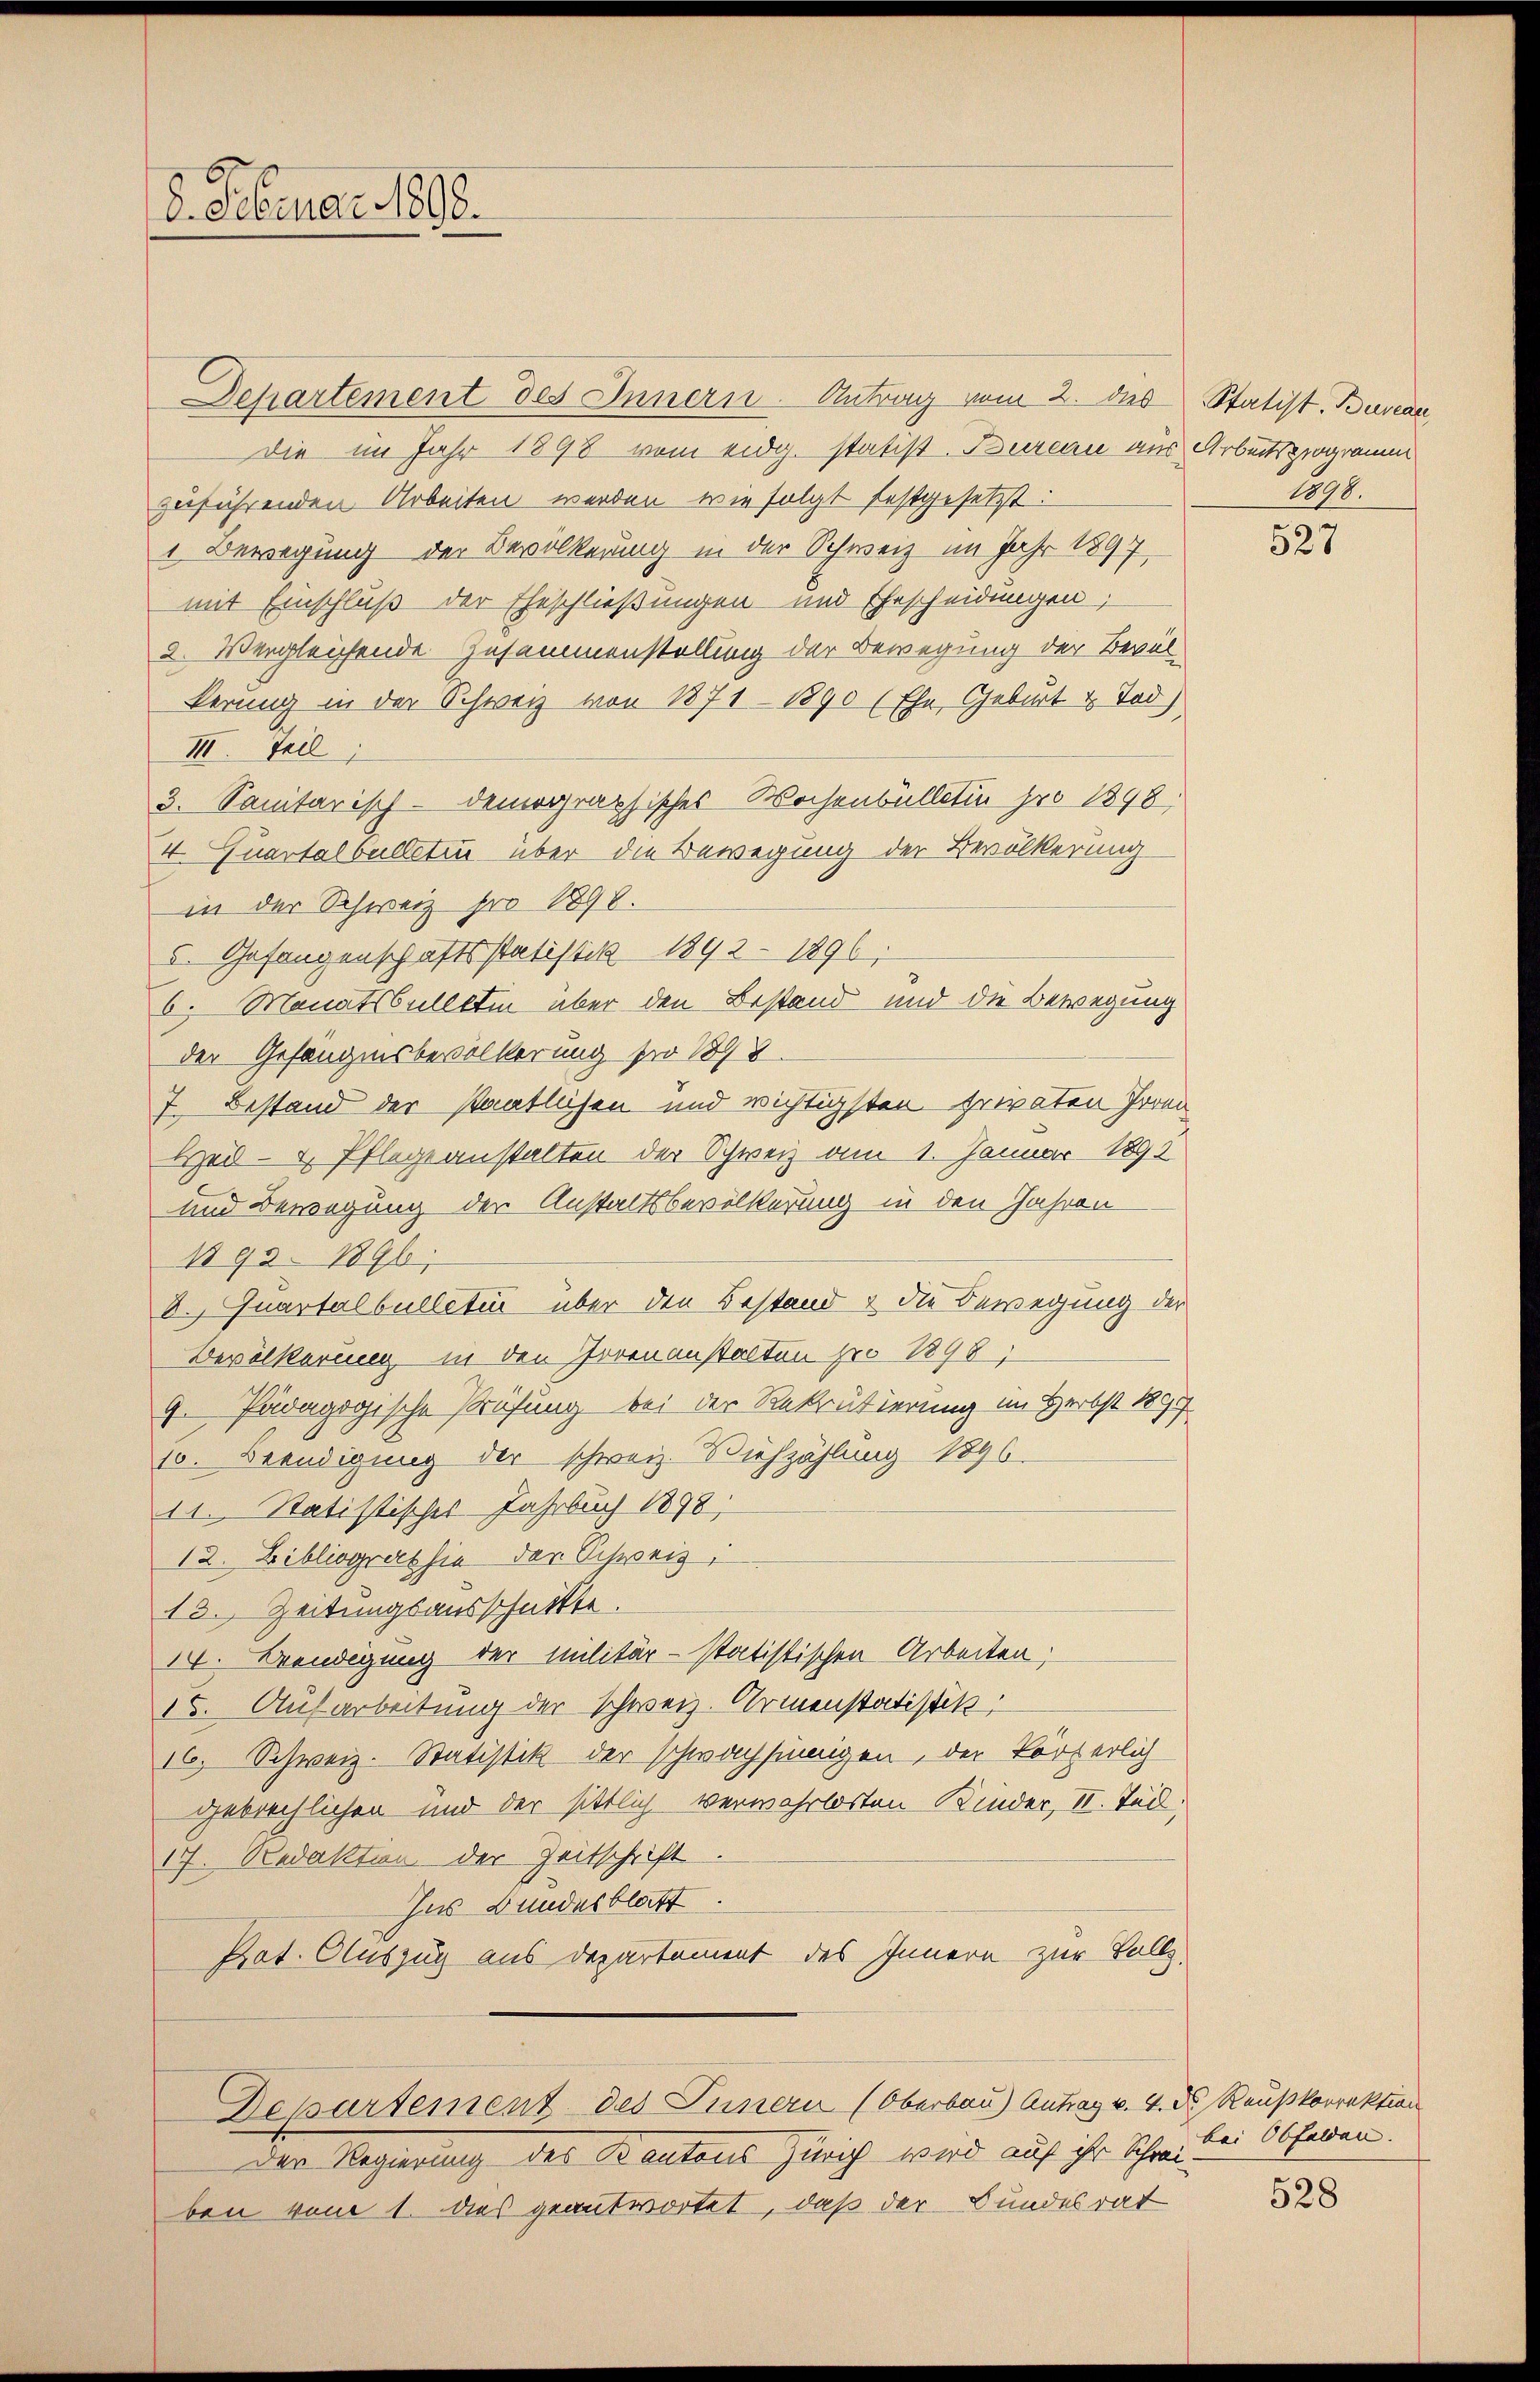
8. Februar 1898.

Departement des Innern. Antrag vom 2. des Statist. Bureau,
die im Jahr 1898 vom eidg. statist Bureau aus Arbeitsprogramm
zuführenden Arbeiten werden, wie folgt festgesetzt:
1 Bewegung der Bevölkerung in der Schweiz im Jahr 1897
mit Einschluß der Eheschließungen und Ehescheidungen;
2. Vergleichende Zusammenstellung der Bewegung der Bevölkerung in der Schweiz von 1871 - 1890 (Ehe, Geburt & Tod
III. Teil
3. Sanitarisch-demographisches Wochenbülletin pro 1898.
4. Quartalbelleten über die Bewegung der Bevölkerung
in der Schweiz pro 1898.
5. Gefangenschaftsstatisti 1892 - 1896.
6. Monatsballttin über den Bestand und die Bewegung
der Gefängnisbevölkerung pro 1878
7. Bestand der staatlichen und wichtigsten privaten Irren
Heil- & Pflegeanstalten der Schweiz am 1. Januar 1892
und Bewegung der Anstaltsbevölkerung in den Jahren
1899 1896.
8. Quartalbulletin über den Bestand & die Bewegung der
Bevölkerung in den Irrenanstalten pro 1898,
9. Pädagogische Prüfung bei der Rekrutierung im Herbst 1897
10. Beendigung der schweiz. Miehzählung 1896.
11. Statistisches Jahrbuch 1898;
12. Bibliographie der Schweiz,
13. Zeitungsausschuttte.
14. Beendigung der Militär-statistischen Arbeiten;
15. Aufarbeitung der schweiz. Armenstatistik,
16. Schweiz. Statistik der schwachsinnigen, der körperlich
gebrechlichen und der sittlich verwahrlosten Kinder, II. Tud,
17. Redaktion der Zeitschrift
Ins Bundesblatt.
Prat. Auszug aus Departement des Innern zur Vollz

Departement des Innern (Oberbau) Antrag v. 4. d. Reußkorrektion

Der Regierung des Kantons Zürich wird auf ihr Schreiben vom 1. dies geantwortet, daß der Bundesrat

1898.

527

bei Obfelden.

528